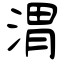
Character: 渭